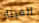
الغيتار